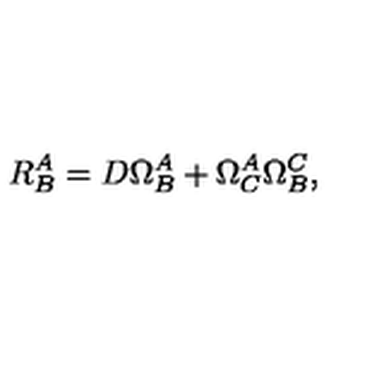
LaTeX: R _ { B } ^ { A } = D \Omega _ { B } ^ { A } + \Omega _ { C } ^ { A } \Omega _ { B } ^ { C } ,